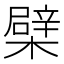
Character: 檗